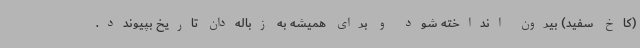
(کاخ سفید) بیرون انداخته شود و برای همیشه به زباله‌دان تاریخ بپیوندد.